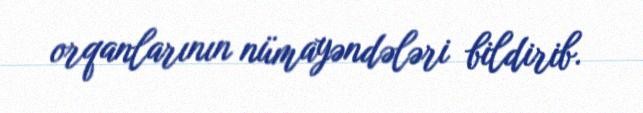
orqanlarının nümayəndələri bildirib.